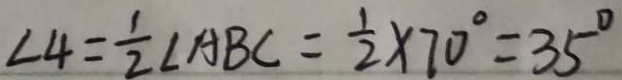
\angle 4 = \frac { 1 } { 2 } \angle A B C = \frac { 1 } { 2 } \times 7 0 ^ { \circ } = 3 5 ^ { \circ }